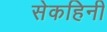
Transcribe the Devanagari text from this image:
सेकहिनी